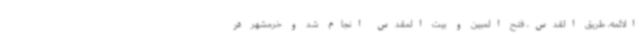
الائمه، طریق القدس، فتح المبین و بیت المقدس انجام شد و خرمشهر در